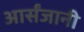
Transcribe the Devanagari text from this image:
आर्संजानी